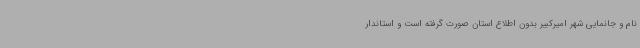
نام و جانمایی شهر امیرکبیر بدون اطلاع استان صورت گرفته است و استاندار